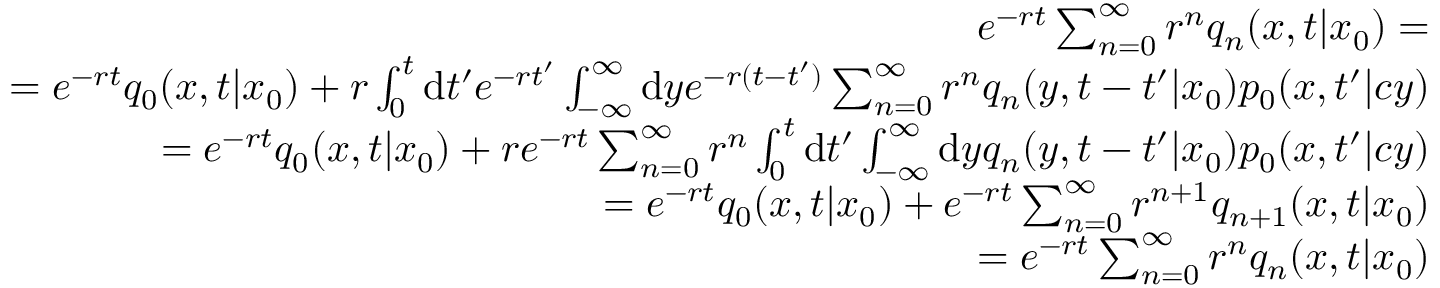
\begin{array} { r l r } & { } & { e ^ { - r t } \sum _ { n = 0 } ^ { \infty } r ^ { n } q _ { n } ( x , t | x _ { 0 } ) = } \\ & { } & { \qquad = e ^ { - r t } q _ { 0 } ( x , t | x _ { 0 } ) + r \int _ { 0 } ^ { t } \mathrm { d } t ^ { \prime } e ^ { - r t ^ { \prime } } \int _ { - \infty } ^ { \infty } \mathrm { d } y e ^ { - r ( t - t ^ { \prime } ) } \sum _ { n = 0 } ^ { \infty } r ^ { n } q _ { n } ( y , t - t ^ { \prime } | x _ { 0 } ) p _ { 0 } ( x , t ^ { \prime } | c y ) } \\ & { } & { \qquad = e ^ { - r t } q _ { 0 } ( x , t | x _ { 0 } ) + r e ^ { - r t } \sum _ { n = 0 } ^ { \infty } r ^ { n } \int _ { 0 } ^ { t } \mathrm { d } t ^ { \prime } \int _ { - \infty } ^ { \infty } \mathrm { d } y q _ { n } ( y , t - t ^ { \prime } | x _ { 0 } ) p _ { 0 } ( x , t ^ { \prime } | c y ) } \\ & { } & { \qquad = e ^ { - r t } q _ { 0 } ( x , t | x _ { 0 } ) + e ^ { - r t } \sum _ { n = 0 } ^ { \infty } r ^ { n + 1 } q _ { n + 1 } ( x , t | x _ { 0 } ) } \\ & { } & { \qquad = e ^ { - r t } \sum _ { n = 0 } ^ { \infty } r ^ { n } q _ { n } ( x , t | x _ { 0 } ) } \end{array}